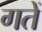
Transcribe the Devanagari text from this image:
गतें